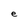
Character: e